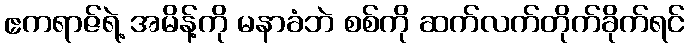
ဧကရာဇ်ရဲ့ အမိန့်ကို မနာခံဘဲ စစ်ကို ဆက်လက်တိုက်ခိုက်ရင်